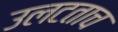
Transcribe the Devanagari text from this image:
उलटताच